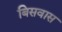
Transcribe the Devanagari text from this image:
बिसवास